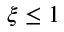
\xi \leq 1